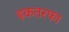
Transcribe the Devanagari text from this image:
इकतरफा